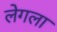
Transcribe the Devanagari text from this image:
लेगला